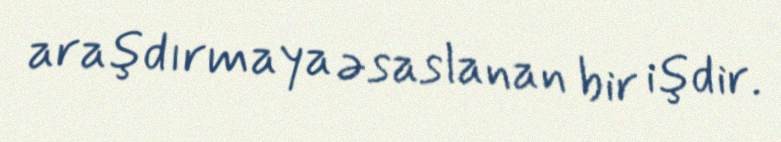
araşdırmaya əsaslanan bir işdir.